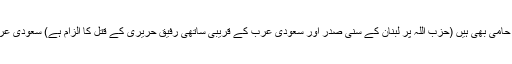
سلیمان فرنجیۃ سعودی مخالف شامی صدر بشارالاسد کے قریب سمجھے جاتے ہیں اور حزب اللہ کے حامی بھی ہیں (حزب اللہ پر لبنان کے سنی صدر اور سعودی عرب کے قریبی ساتھی رفیق حریری کے قتل کا الزام ہے) سعودی عرب نے ان کے نام پر آمادگی ظاہر کر کے خطے میں مجموعی کشیدگی کو کم کرنے میں مدد دی ہے۔